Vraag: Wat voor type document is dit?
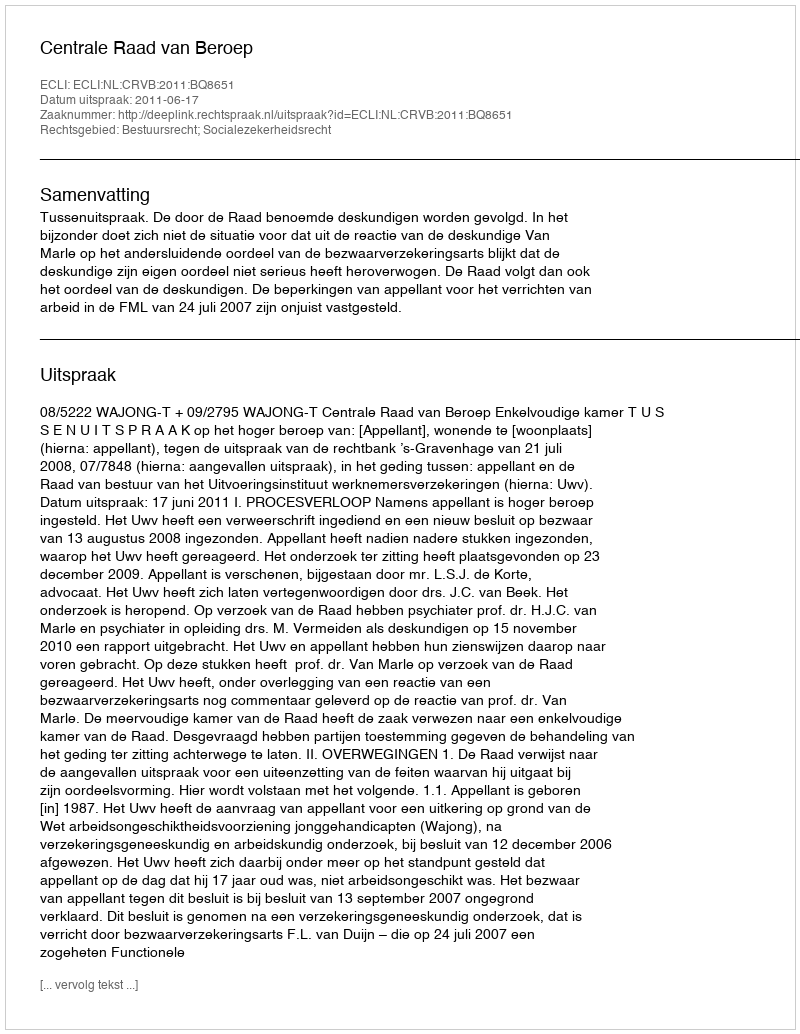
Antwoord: Uitspraak